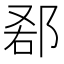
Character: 𨛠